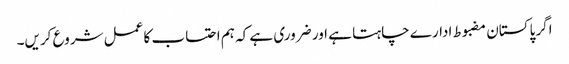
اگر پاکستان مضبوط ادارے چاہتا ہے اور ضروری ہے کہ ہم احتساب کا عمل شروع کریں۔